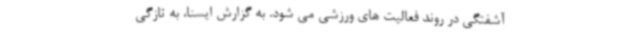
آشفتگی در روند فعالیت های ورزشی می شود. به گزارش ایسنا، به تازگی